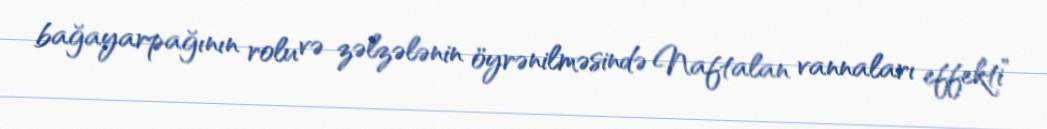
bağayarpağının rolu və zəlzələnin öyrənilməsində Naftalan vannaları effekti”